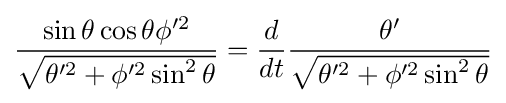
{\frac {\sin \theta \cos \theta \phi '^{2}}{\sqrt {\theta '^{2}+\phi '^{2}\sin ^{2}\theta }}}={\frac {d}{dt}}{\frac {\theta '}{\sqrt {\theta '^{2}+\phi '^{2}\sin ^{2}\theta }}}